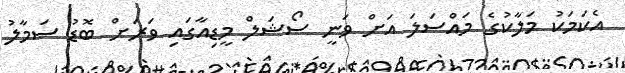
އެކަމަކު މަލާކުގެ މައްސަލަ އަށް ވަނީ ސޯޝަލް މީޑިއާގައި ވަރަށް ބޮޑު ސަމާލު